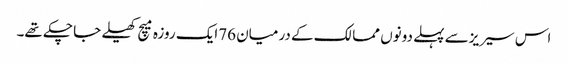
اس سیریزسے پہلے دونوں ممالک کے درمیان 76ایک روزہ میچ کھیلے جا چکے تھے۔